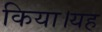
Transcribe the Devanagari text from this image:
किया।यह